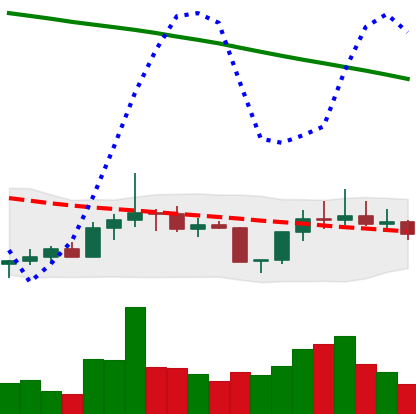
Ticker: DOGE-USD
Chart end date: 2022-08-02
Forward return: 3.368%
Label: up_3_5